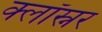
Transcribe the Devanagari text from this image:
क्लॉस्नर